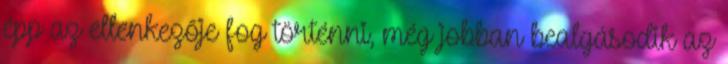
épp az ellenkezője fog történni, még jobban bealgásodik az